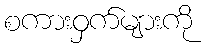
စကားဝှက်များကို